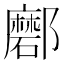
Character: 𨟖